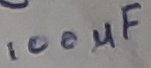
Text: 100µF